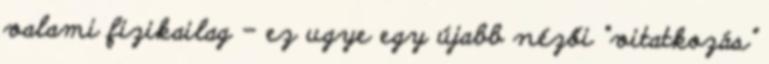
valami fizikailag – ez ugye egy újabb nézői “vitatkozás”